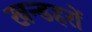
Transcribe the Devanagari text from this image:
खन्डहरों